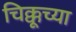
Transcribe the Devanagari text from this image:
चिक्कूच्या